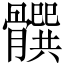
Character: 𩪞